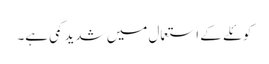
کوئلے کے استعمال میں شدید کمی ہے۔